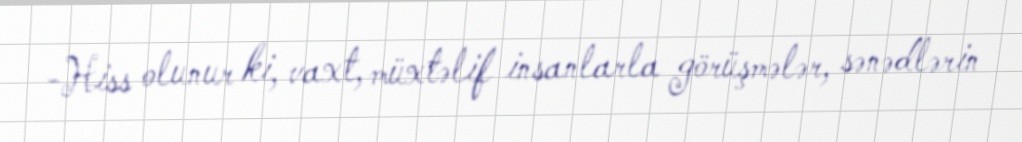
-Hiss olunur ki, vaxt, müxtəlif insanlarla görüşmələr, sənədlərin